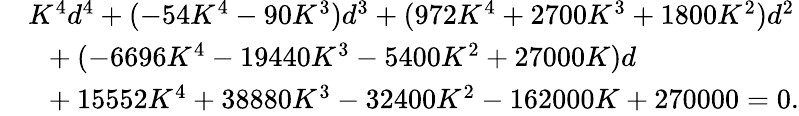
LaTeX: \begin{array}{rl}&{K^{4}d^{4}+(-54K^{4}-90K^{3})d^{3}+(972K^{4}+2700K^{3}+1800K^{2})d^{2}}\\ &{~~+(-6696K^{4}-19440K^{3}-5400K^{2}+27000K)d}\\ &{~~+15552K^{4}+38880K^{3}-32400K^{2}-162000K+270000=0.}\end{array}